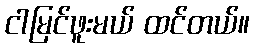
ငါမြင်ဖူးမယ် ထင်တယ်။